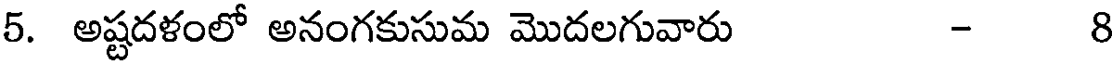
5. అష్టదళంలో అనంగకుసుమ మొదలగువారు - 8